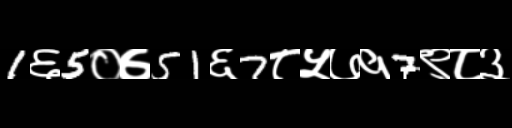
Text: 1६5०७51६7८५७१7९८३